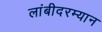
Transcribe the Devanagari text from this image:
लांबीदरम्यान